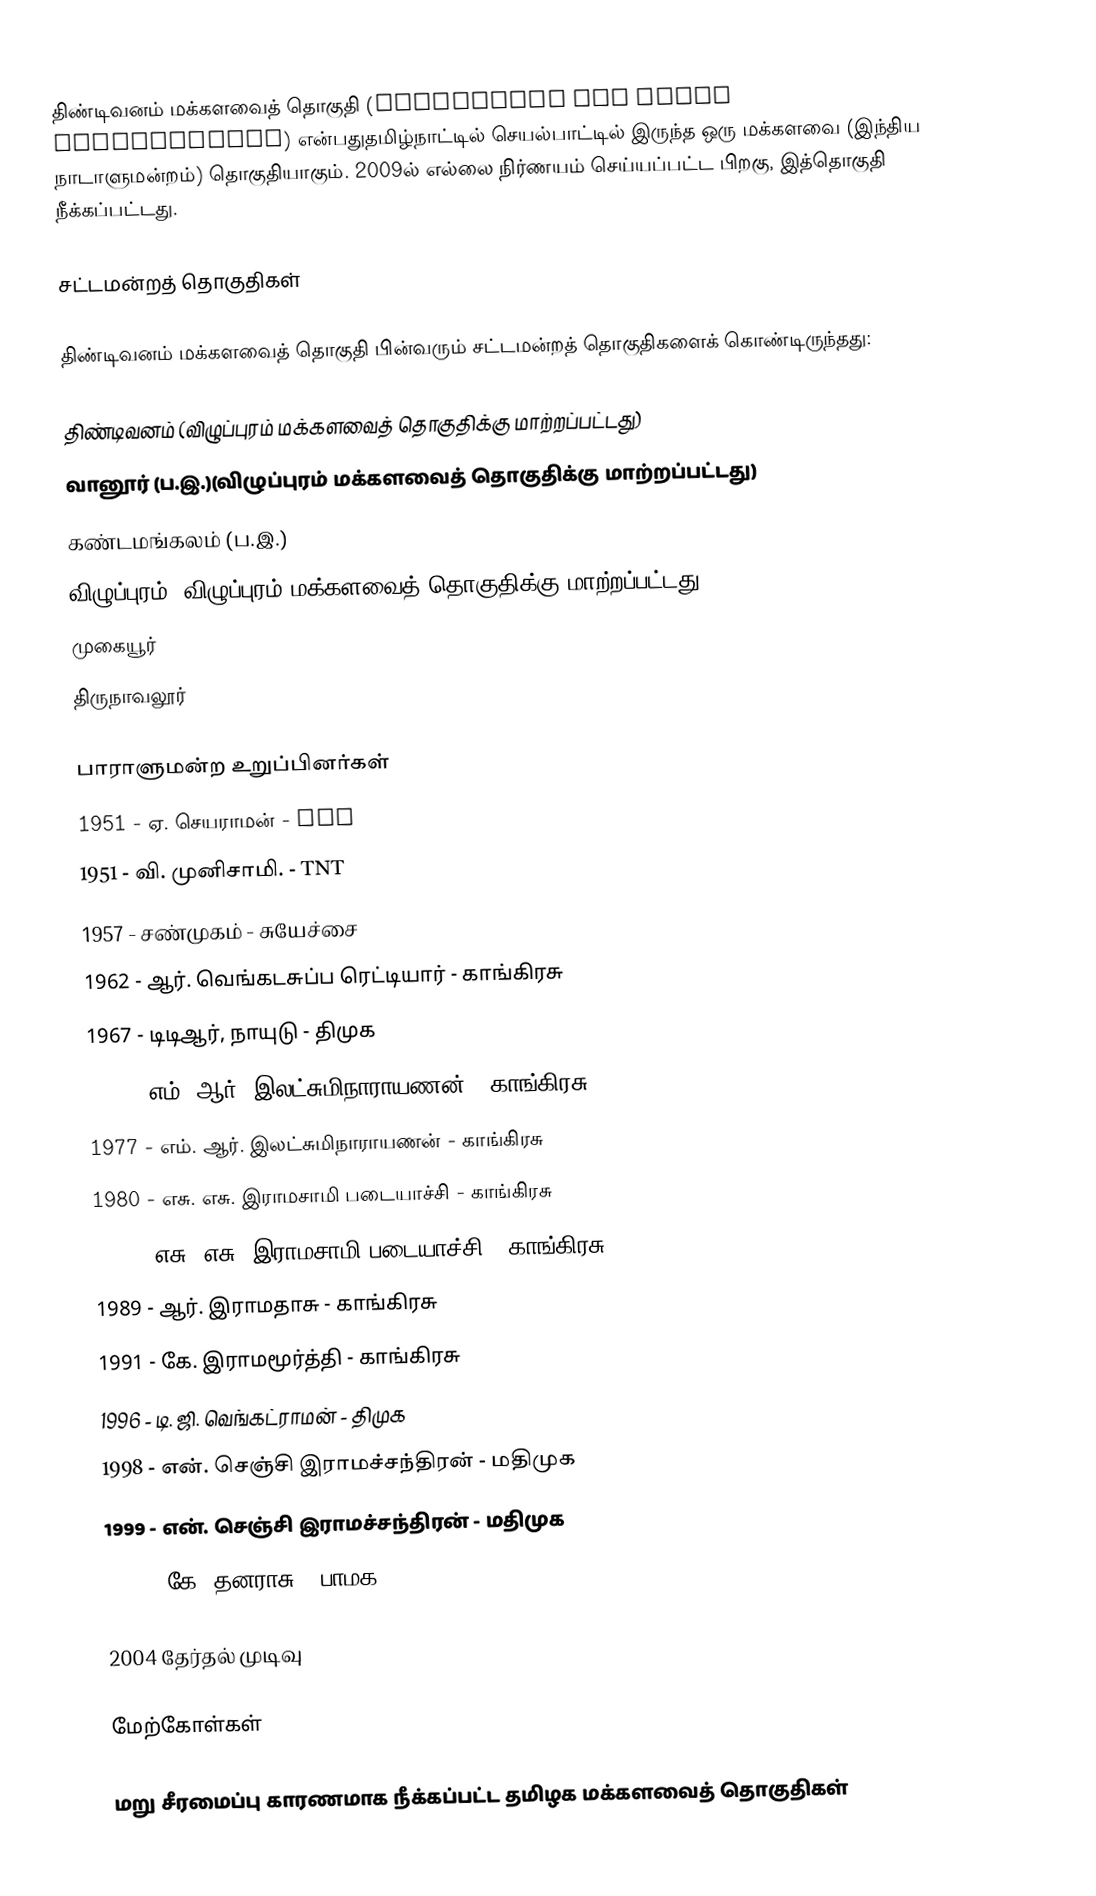
திண்டிவனம் மக்களவைத் தொகுதி (Tindivanam Lok Sabha constituency) என்பதுதமிழ்நாட்டில் செயல்பாட்டில் இருந்த ஒரு மக்களவை (இந்திய நாடாளுமன்றம்) தொகுதியாகும். 2009ல் எல்லை நிர்ணயம் செய்யப்பட்ட பிறகு, இத்தொகுதி நீக்கப்பட்டது.

சட்டமன்றத் தொகுதிகள்

திண்டிவனம் மக்களவைத் தொகுதி பின்வரும் சட்டமன்றத் தொகுதிகளைக் கொண்டிருந்தது:

 திண்டிவனம் (விழுப்புரம் மக்களவைத் தொகுதிக்கு மாற்றப்பட்டது)
 வானூர் (ப.இ.)(விழுப்புரம் மக்களவைத் தொகுதிக்கு மாற்றப்பட்டது)
 கண்டமங்கலம் (ப.இ.)
 விழுப்புரம் (விழுப்புரம் மக்களவைத் தொகுதிக்கு மாற்றப்பட்டது)
 முகையூர்
 திருநாவலூர்

பாராளுமன்ற உறுப்பினர்கள்
 1951 - ஏ. செயராமன் - TNT
 1951 - வி. முனிசாமி. - TNT
 1957 - சண்முகம் - சுயேச்சை
 1962 - ஆர். வெங்கடசுப்ப ரெட்டியார் - காங்கிரசு
 1967 - டிடிஆர், நாயுடு - திமுக
 1971 - எம். ஆர். இலட்சுமிநாராயணன் - காங்கிரசு
 1977 - எம். ஆர். இலட்சுமிநாராயணன் - காங்கிரசு
 1980 -  எசு. எசு. இராமசாமி படையாச்சி - காங்கிரசு
 1984 - எசு. எசு. இராமசாமி படையாச்சி - காங்கிரசு
 1989 -  ஆர். இராமதாசு - காங்கிரசு
 1991 -  கே. இராமமூர்த்தி - காங்கிரசு
 1996 -  டி. ஜி. வெங்கட்ராமன் - திமுக
 1998 -  என். செஞ்சி இராமச்சந்திரன் - மதிமுக
 1999 -  என். செஞ்சி இராமச்சந்திரன் - மதிமுக
 2004 -  கே. தனராசு - பாமக

2004 தேர்தல் முடிவு

மேற்கோள்கள்

மறு சீரமைப்பு காரணமாக நீக்கப்பட்ட தமிழக மக்களவைத் தொகுதிகள்